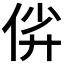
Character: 𫢡